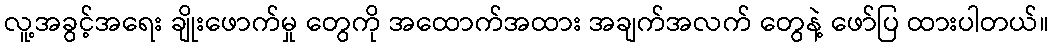
လူ့အခွင့်အရေး ချိုးဖောက်မှု တွေကို အထောက်အထား အချက်အလက် တွေနဲ့ ဖော်ပြ ထားပါတယ်။